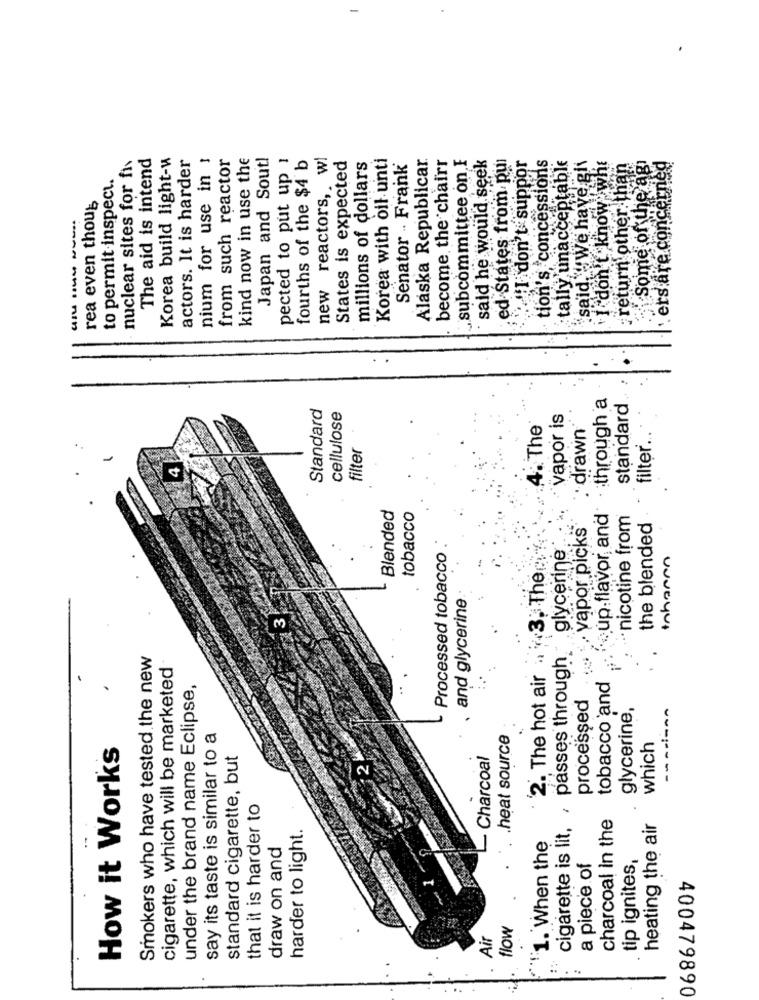
nuclear sites for fis
The aid is intend
Korea build light-w
actors. It is harder
nium for use in :
from such reactor
kind now in use the
Japan and Sout!
pected to put up 1
fourths of the $4 b
new reactors, w!
millions of dollars
Korea with oil unti
Alaska Republicar.
become the chairr
subcommittee on F
said he would seek
ed States from pui
I don't suppor
tion's concessions
tally unacceptable
"I don't know whe
return other than
Some of the ag
ers are concerned
States is expected
Senator - Frank
said, "We have gli
to permit inspect.
rea even thous
:through a
Standard
cellulose
standard
vapor is
4. The
drawn
filter ...
filter
Blended
up.flavor, and
tobacco
nicotine from
the blended
vapor picks
Processed tobacco
glycerine
+3. The
Inhannn
and glycerine
'2. The hot air a
cigarette is lit, , passes through
Smokers who have tested the new
cigarette, which will be marketed
tobacco and
under the brand name Eclipse,
processed
glycerine,
say its taste is similar to a
heat source
How it Works
which
standard cigarette, but
- Charcoal
that it is harder to
charcoal in the
harder to light.
heating the air
1. When the
draw on and
a piece of
tip ignites,
flow
Air
400479890